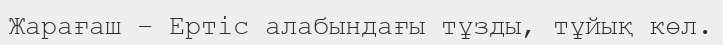
Жарағаш – Ертіс алабындағы тұзды, тұйық көл.